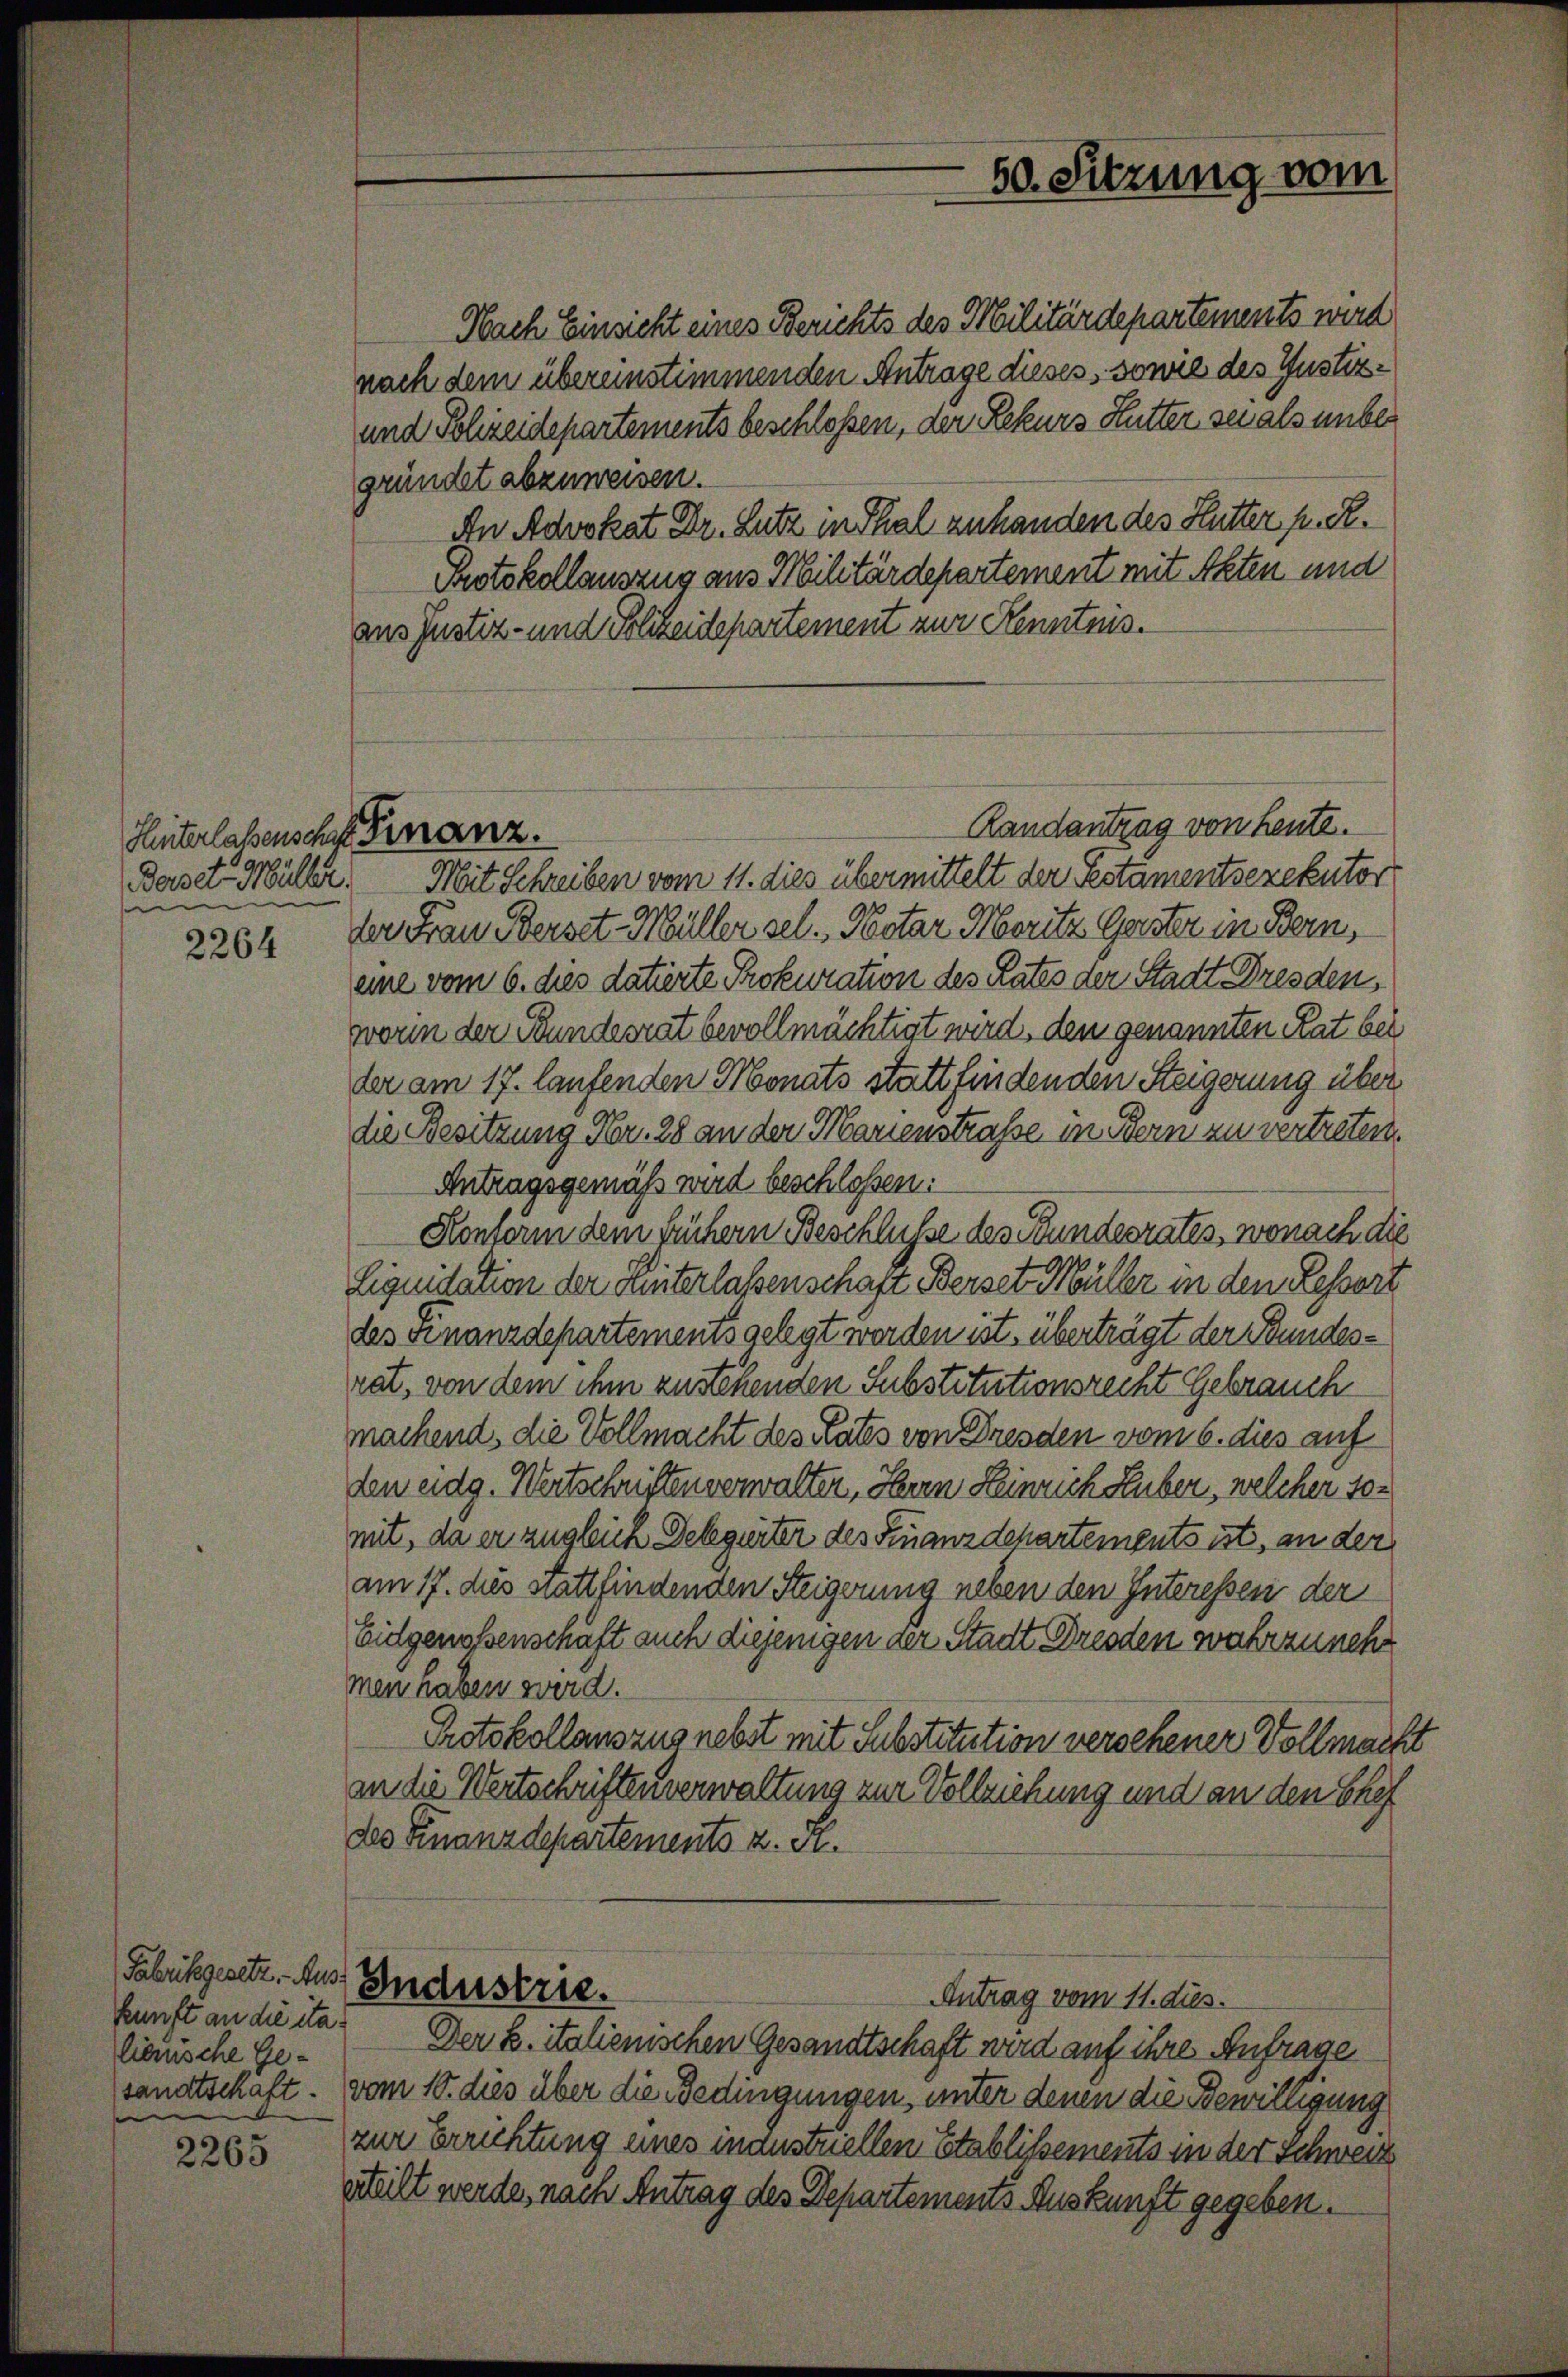
Hinterlassenschaft Finanz.
er
Beiser-Müller.
men

2264

kunft an die ita
lienische Gee

2265

Nach Einsicht eines Berichts des Militärdepartements wird
nach dem übereinstimmenden Antrage dieses, sowie des Justiz¬
und Polizeidepartements beschloßen, der Rekurs Lutter sei als unber
gründet abzuweisen.
An Advokat Dr. Lutz in Thal anhanden des Hutter p. R.
Protokollauszug aus Militärdepartement mit Akten und
aus Justiz- und Polizeidepartement zur Kenntnis.
Randantrag von heute.
Mit Schreiben vom 11. dies übermittelt der Pestamentsexekutor
der Frau Berset-Müller sel. Notar Moritz Geister in Bern,
eine vom 6. dies datierte Prokuration des Rates der Stadt Dresden,
worin der Bundesrat bevollmächtigt wird, den genannten Rat bei
der am 17. laufenden Monats stattfindenden Steigerung über
die Besitzung Nr. 28 an der Marienstraße in Bern zu vertreten.
Antragsgemäß wird beschlossen:
Konferin dem frühern Beschlüsse des Bundesrates, wonach die
Liquidation der Hinterlaßenschaft Bersetz Müller in den Lessort
des Finanzdepartements gelegt werden ist, überträgt der Bundesrat, von dem ihm zustehenden Substitutionsrecht Gebrauch
machend, die Vollmacht des Rates von Dresden vom 6. dies auf
den eidg. Wertschriften verwalten, Herrn Heinrich Huber, welcher 10.
mit, da er zugleich Delegerter des Finanzdehartements ist, an der
am 17. dies stattfindenden Steigerung neben den Interessen der
Eidgenossenschaft auch diejenigen der Stadt Dresden wahrzunehm
men haben wird.
Protokollauszug nebst mit Substitution versehener Vollmach
an die Wertschriftenverwaltung zur Vollziehung und an den Ehef
des Finanzdepartements z. S.
Fabrikgesetz - Aus Industrie.
Antrag vom 11. dies
Der B. italienischen Gesandtschaft wird auf ihre Anfrage
sandtschaft. vom 10. dies über die Bedingungen, unter denen die Bewilligung
zur Errichtung eines inaustriellen Etablissements in der Schweiz
erteilt werde, nach Antrag des Departements Auskunft gegeben.

50. Sitzung vom

4